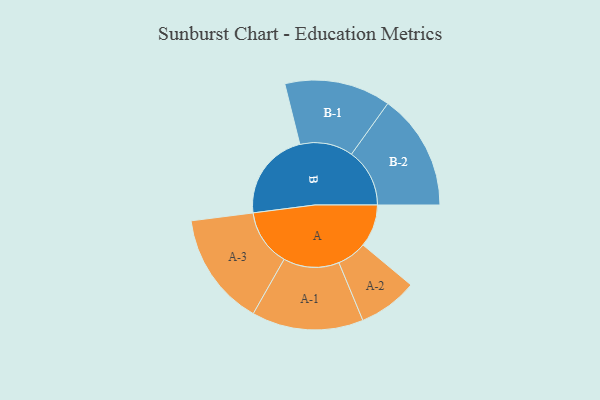
{"axis": {"x": "Segment", "y": "Value"}, "legend": ["", "A", "B"], "data": [{"x": "A", "y": 161, "type": ""}, {"x": "B", "y": 337, "type": ""}, {"x": "A-1", "y": 211, "type": "A"}, {"x": "A-2", "y": 112, "type": "A"}, {"x": "A-3", "y": 215, "type": "A"}, {"x": "B-1", "y": 201, "type": "B"}, {"x": "B-2", "y": 220, "type": "B"}]}